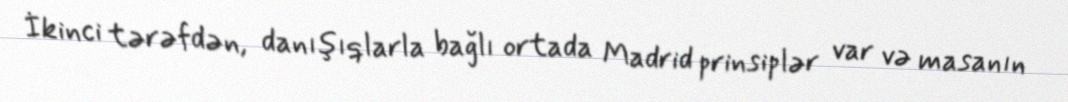
İkinci tərəfdən, danışıqlarla bağlı ortada Madrid prinsiplər var və masanın